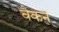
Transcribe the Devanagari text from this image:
वेकन